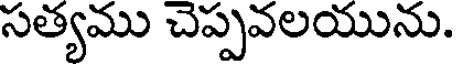
సత్యము చెప్పవలయును.